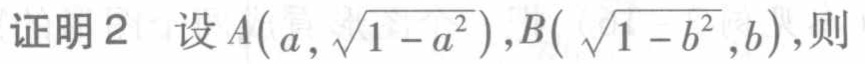
证明2 设\(A(a,\sqrt{1 - a^{2}}),B(\sqrt{1 - b^{2}},b)\),则